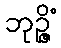
ဘုဉ္ဇိံ